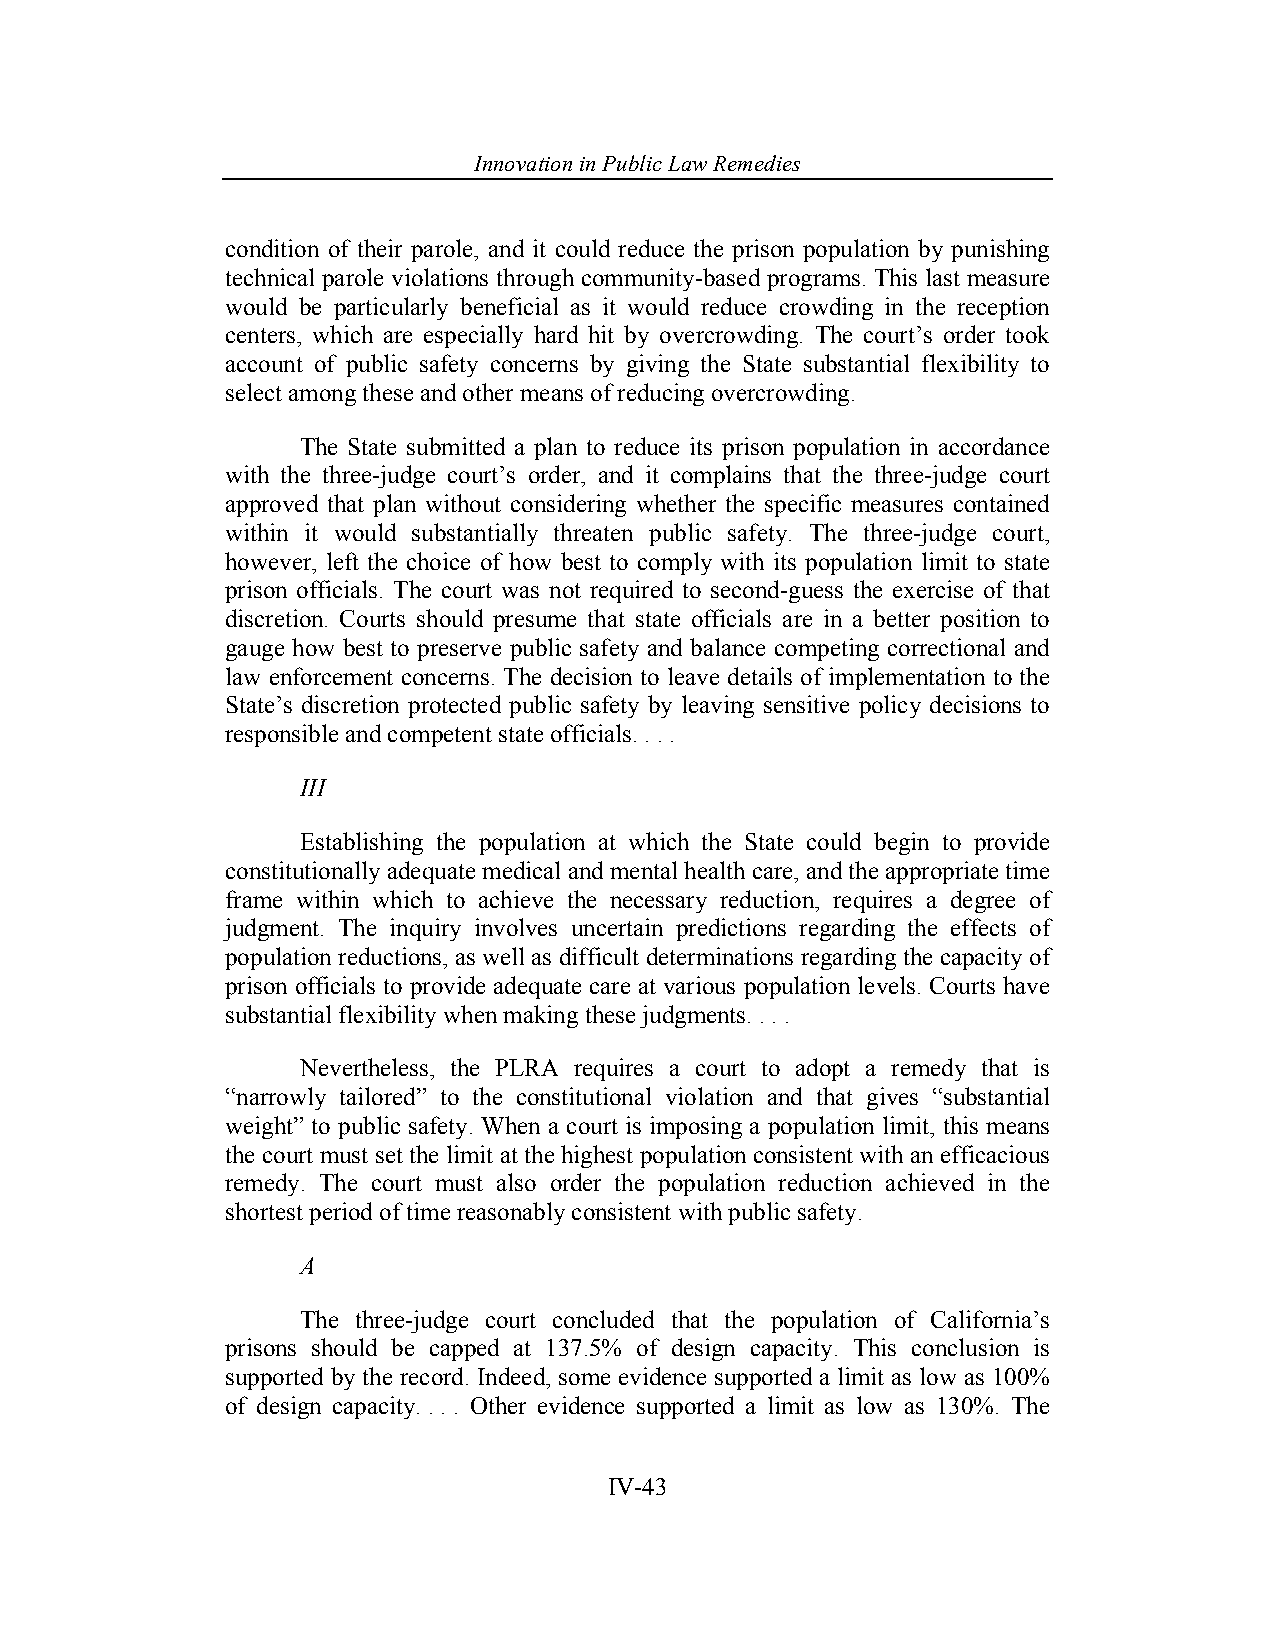
Innovation in Pub lic Law Remedies
 condition of their parole, and it could reduce the prison population by punishing
 technical parole violations through community-based programs. This last measure
 would be particularly beneficial as it would reduce crowding in the reception
 centers, which are especially hard hit by overcrowding. The court’s order took
 account of public safety concerns by giving the State substantial flexibility to
 select among these and other means of reducing overcrowding.
 The State submitted a plan to reduce its prison population in accordance
 with the three-judge court’s order, and it complains that the three-judge court
 approved that plan without considering whether the specific measures contained
 within it would substantially threaten public safety. The three-judge court,
 however, left the choice of how best to comply with its population limit to state
 prison officials. The court was not required to second-guess the exercise of that
 discretion. Courts should presume that state officials are in a better position to
 gauge how best to preserve public safety and balance competing correctional and
 law enforcement concerns. The decision to leave details of implementation to the
 State’s discretion protected public safety by leaving sensitive policy decisions to
 responsible and competent state officials. . . .
 III
 Establishing the population at which the State could begin to provide
 constitutionally adequate medical and mental health care, and the appropriate time
 frame within which to achieve the necessary reduction, requires a degree of
 judgment. The inquiry involves uncertain predictions regarding the effects of
 population reductions, as well as difficult determinations regarding the capacity of
 prison officials to provide adequate care at various population levels. Courts have
 substantial flexibility when making these judgments. . . .
 Nevertheless, the PLRA requires a court to adopt a remedy that is
 “narrowly tailored” to the constitutional violation and that gives “substantial
 weight” to public safety. When a court is imposing a population limit, this means
 the court must set the limit at the highest population consistent with an efficacious
 remedy. The court must also order the population reduction achieved in the
 shortest period of time reasonably consistent with public safety.
 A
 The three-judge court concluded that the population of California’s
 prisons should be capped at 137.5% of design capacity. This conclusion is
 supported by the record. Indeed, some evidence supported a limit as low as 100%
 of design capacity. . . . Other evidence supported a limit as low as 130%. The
 IV-43